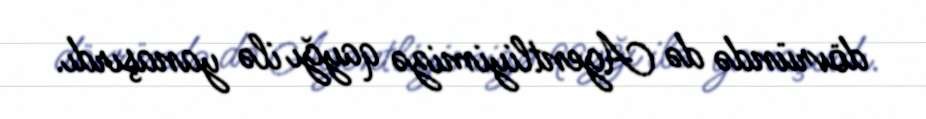
dövründə də Agentliyimizə qayğı ilə yanaşırdı.